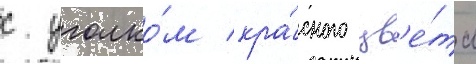
с уголко́м кра́сного цв'е́та